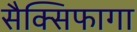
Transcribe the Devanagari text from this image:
सैक्सिफागा